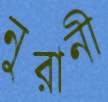
নুরানী